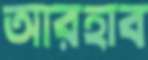
আরহাব